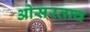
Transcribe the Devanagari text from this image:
ओसरताच